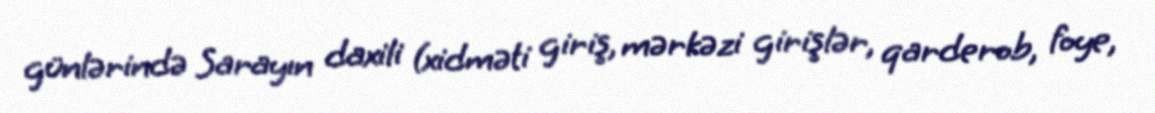
günlərində Sarayın daxili (xidməti giriş, mərkəzi girişlər, qarderob, foye,